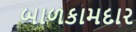
બાળકામદાર